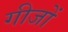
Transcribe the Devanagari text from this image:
गीजों